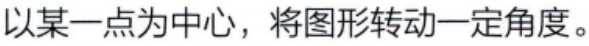
以某一点为中心，将图形转动一定角度。